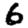
Digit: 6